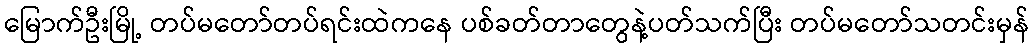
မြောက်ဦးမြို့ တပ်မတော်တပ်ရင်းထဲကနေ ပစ်ခတ်တာတွေနဲ့ပတ်သက်ပြီး တပ်မတော်သတင်းမှန်